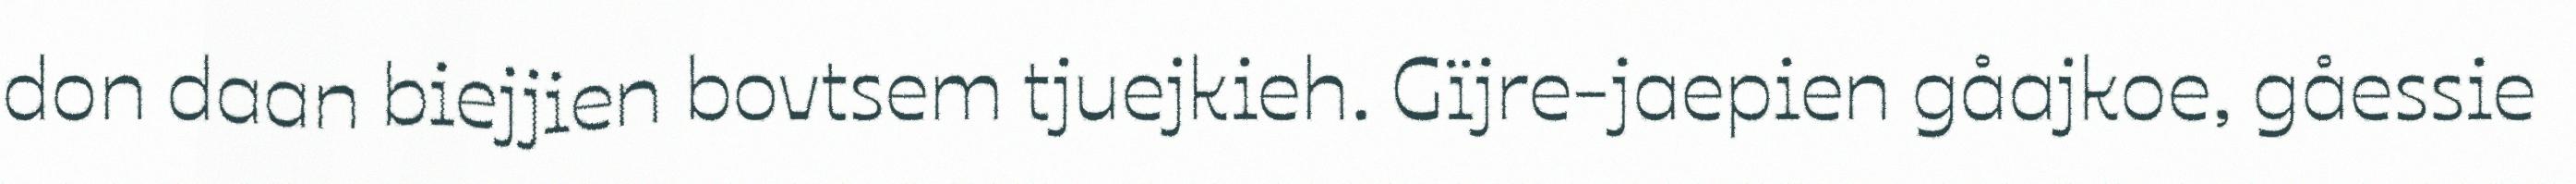
don daan biejjien bovtsem tjuejkieh. Gïjre-jaepien gåajkoe, gåessie